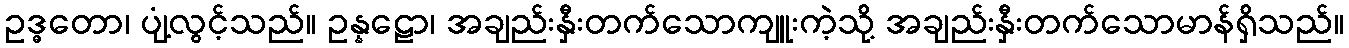
ဥဒ္ဓတော၊ ပျံ့လွင့်သည်။ ဥန္နဠော၊ အချည်းနှီးတက်သောကျူးကဲ့သို့ အချည်းနှီးတက်သောမာန်ရှိသည်။